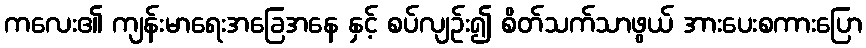
ကလေး၏ ကျန်းမာရေးအခြေအနေ နှင့် စပ်လျဉ်း၍ စိတ်သက်သာဖွယ် အားပေးစကားပြော